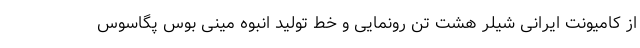
از کامیونت ایرانی شیلر هشت تن رونمایی و خط تولید انبوه مینی بوس پگاسوس